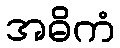
အဓိကံ